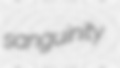
sanguinity